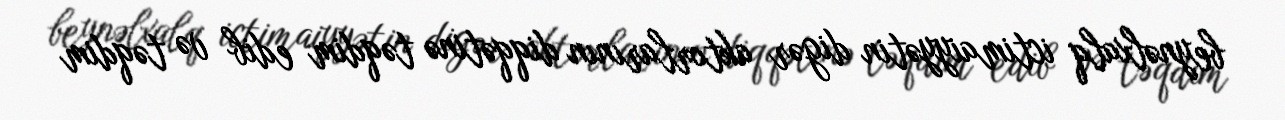
beynəlxalq ictimaiyyətin digər aktorlarının diqqətinə təqdim edib və təqdim